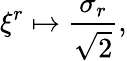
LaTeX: \xi^{r}\mapsto\frac{\sigma_{r}}{\sqrt{2}},